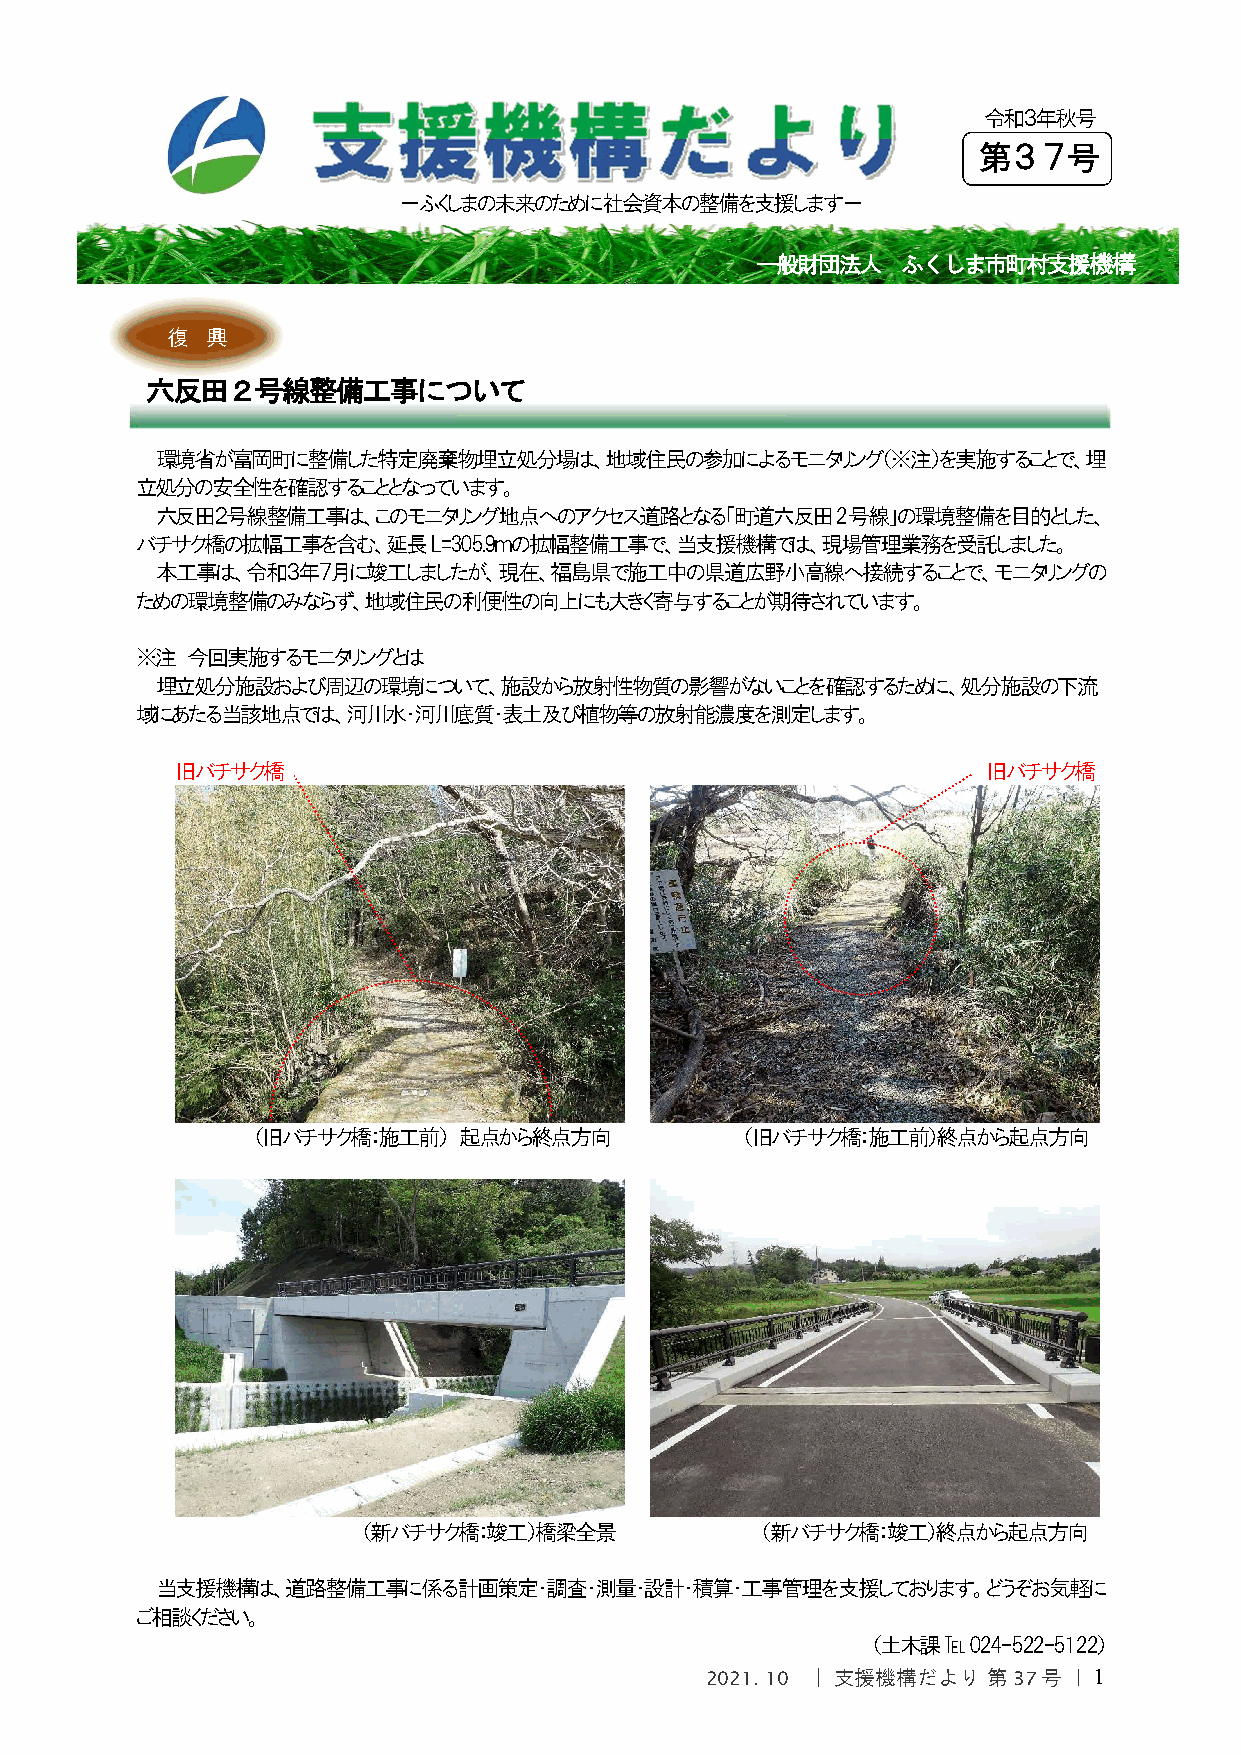
令和３年秋号
 第３７号
 －ふくしまの未来のために社会資本の整備を支援します－
 一般財団法人    ふくしま市町村支援機構
 復  興
 六反田２号線整備工事について
 環境省が富岡町に整備した特定廃棄物埋立処分場は、地域住民の参加によるモニタリング（※注）を実施することで、埋
 立処分の安全性を確認することとなっています。
 六反田２号線整備工事は、このモニタリング地点へのアクセス道路となる「町道六反田2号線」の環境整備を目的とした、
 バチサク橋の拡幅工事を含む、延長L=305.9ｍの拡幅整備工事で、当支援機構では、現場管理業務を受託しました。
 本工事は、令和３年７月に竣工しましたが、現在、福島県で施工中の県道広野小高線へ接続することで、モニタリングの
 ための環境整備のみならず、地域住民の利便性の向上にも大きく寄与することが期待されています。
 ※注 今回実施するモニタリングとは
 埋立処分施設および周辺の環境について、施設から放射性物質の影響がないことを確認するために、処分施設の下流
 域にあたる当該地点では、河川水・河川底質・表土及び植物等の放射能濃度を測定します。
 旧バチサク橋                                               旧バチサク橋
 （旧バチサク橋：施工前） 起点から終点方向           （旧バチサク橋：施工前）終点から起点方向
 （新バチサク橋：竣工）橋梁全景           （新バチサク橋：竣工）終点から起点方向
 当支援機構は、道路整備工事に係る計画策定・調査・測量・設計・積算・工事管理を支援しております。どうぞお気軽に
 ご相談ください。
 （土木課 ℡ 024-522-5122）
 2021. 10 ｜ 支援機構だより 第 37号 ｜ 1